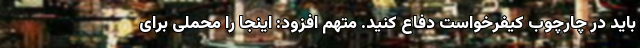
باید در چارچوب کیفرخواست دفاع کنید. متهم افزود: اینجا را محملی برای